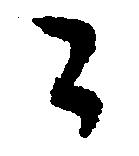
々